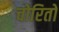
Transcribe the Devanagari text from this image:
चोरितो